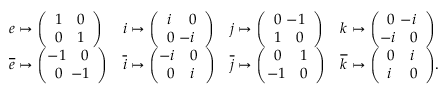
{ \begin{array} { l l l l } { e \mapsto { \left( \begin{array} { l l } { 1 } & { 0 } \\ { 0 } & { 1 } \end{array} \right) } } & { i \mapsto { \left( \begin{array} { l l } { i } & { 0 } \\ { 0 } & { \! \! \! \! - i } \end{array} \right) } } & { j \mapsto { \left( \begin{array} { l l } { 0 } & { \! \! \! \! - 1 } \\ { 1 } & { 0 } \end{array} \right) } } & { k \mapsto { \left( \begin{array} { l l } { 0 } & { \! \! \! \! - i } \\ { \! \! \! - i } & { 0 } \end{array} \right) } } \\ { { \overline { { e } } } \mapsto { \left( \begin{array} { l l } { \! \! \! - 1 } & { 0 } \\ { 0 } & { \! \! \! \! - 1 } \end{array} \right) } } & { { \overline { { i } } } \mapsto { \left( \begin{array} { l l } { \! \! \! - i } & { 0 } \\ { 0 } & { i } \end{array} \right) } } & { { \overline { { j } } } \mapsto { \left( \begin{array} { l l } { 0 } & { 1 } \\ { \! \! \! - 1 } & { 0 } \end{array} \right) } } & { { \overline { { k } } } \mapsto { \left( \begin{array} { l l } { 0 } & { i } \\ { i } & { 0 } \end{array} \right) } . } \end{array} }